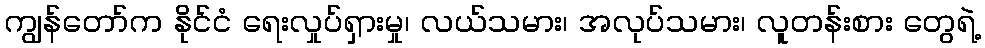
ကျွန်တော်က နိုင်ငံ ရေးလှုပ်ရှားမှု၊ လယ်သမား၊ အလုပ်သမား၊ လူတန်းစား တွေရဲ့